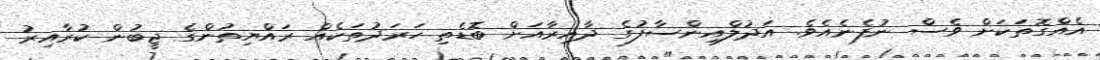
އެއްގޮތަކަށް ވެސް ނުފެނެއެވެ. އަދުލްއިންސާފުގެ ދާއިރާއަށް ބޮޑެތި ހަރަދުތަކެއް ރައްޔިތުންގެ ޖީބުން ކުރާއިރު